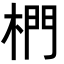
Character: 椚